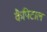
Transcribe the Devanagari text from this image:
कैपिटाल